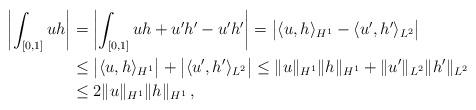
LaTeX: \begin{align*} \left|\int_{[0,1]}u h\right|&=\left|\int_{[0,1]}u h+u'h'-u'h' \right|=\big| \langle u,h\rangle_{H^1}-\langle u',h'\rangle_{L^2} \big| \\ &\leq \big|\langle u,h\rangle_{H^1}\big|+\big|\langle u',h'\rangle_{L^2} \big| \leq \|u\|_{H^1} \|h\|_{H^1}+\|u'\|_{L^2} \|h'\|_{L^2}\\ & \leq2\|u\|_{H^1}\|h\|_{H^1}\,,\end{align*}